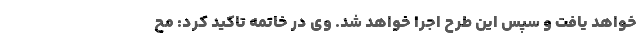
خواهد یافت و سپس این طرح اجرا خواهد شد. وی در خاتمه تاکید کرد: مح